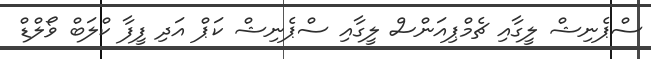
ސްޕެނިޝް ލީގާއި ޗެމްޕިއަންސް ލީގާއި ސްޕެނިޝް ކަޕް އަދި ފީފާ ކްލަބް ވޯލްޑް